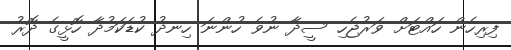
ފިރިހެން ހައްޓަށް ވަރުޖެހި ސީދާ ނުވެ ހުންނަ ހިނދު ކުޑަކަމުދާ ހޮޅީގެ ދޮރު